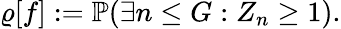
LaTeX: \varrho[f]:=\mathbb{P}(\exists n\leq G:Z_{n}\geq 1).